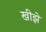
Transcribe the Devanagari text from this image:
खीझे